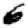
Digit: 6